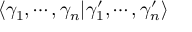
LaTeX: \langle \gamma _ { 1 } , \cdots , \gamma _ { n } | \gamma _ { 1 } ^ { \prime } , \cdots , \gamma _ { n } ^ { \prime } \rangle